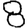
Digit: 8